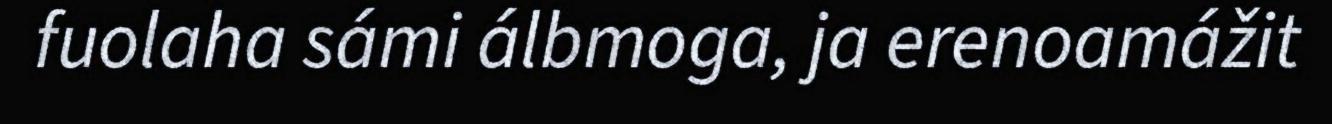
fuolaha sámi álbmoga, ja erenoamážit